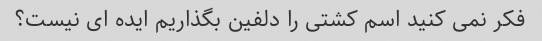
فکر نمی کنید اسم کشتی را دلفین بگذاریم ایده ای نیست؟